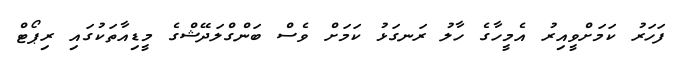
ފަހަރު ކަމަށްވީއިރު އެމީހާގެ ހާލު ރަނގަޅު ކަމަށް ވެސް ބަންގްލަދޭޝްގެ މީޑިއާތަކުގައި ރިޕޯޓް